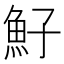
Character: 䰵